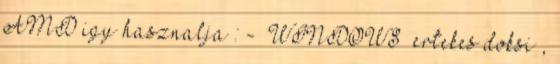
AMD igy hasznalja : - WINDOWS ertekes doksi ,